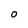
Character: O